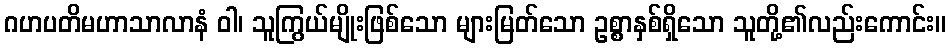
ဂဟပတိမဟာသာလာနံ ဝါ၊ သူကြွယ်မျိုးဖြစ်သော များမြတ်သော ဥစ္စာနှစ်ရှိသော သူတို့၏လည်းကောင်း။